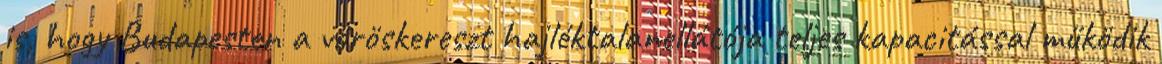
is, hogy Budapesten a vöröskereszt hajléktalanellátója teljes kapacitással működik